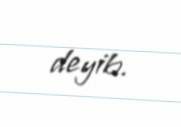
deyib.